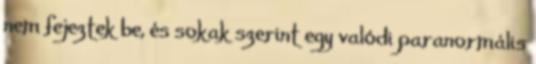
nem fejeztek be, és sokak szerint egy valódi paranormális